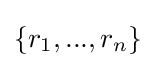
\{r_{1},...,r_{n}\}